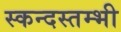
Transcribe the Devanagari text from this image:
स्कन्दस्तम्भी